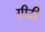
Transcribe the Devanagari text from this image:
ग्रीटी